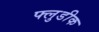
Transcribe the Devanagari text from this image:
फ्लुडीक